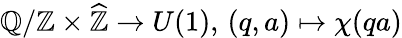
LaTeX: \mathbb{Q}/\mathbb{Z}\times{\widehat{\mathbb{Z}}}\to U(1),\, (q,a)\mapsto\chi(qa)